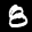
Label: 8